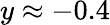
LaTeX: y\approx-0.4